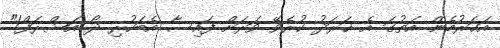
އަހަރުމެން އަތުގަ އެ ޚަރަދު ކުރެވޭ ވަރަށް ފައިސާ އެބަހުރި ދޯ އަޝްރަފް!"